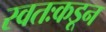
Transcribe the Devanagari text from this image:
स्वतःकडून